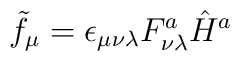
\tilde f_\mu=\epsilon_{\mu\nu\lambda}F^a_{\nu\lambda}\hat H^a